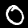
Digit: 0